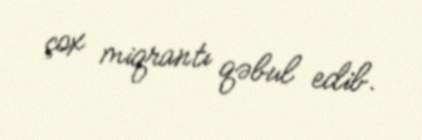
çox miqrantı qəbul edib.